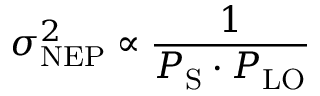
\sigma _ { \mathrm { N E P } } ^ { 2 } \propto \frac { 1 } { P _ { \mathrm { S } } \cdot P _ { \mathrm { L O } } }